Report on sanitation, dispensaries, and jails in Rajputana for 1914, and on vaccination for the year 1914-1915 - 1914-1915
Year: 1914
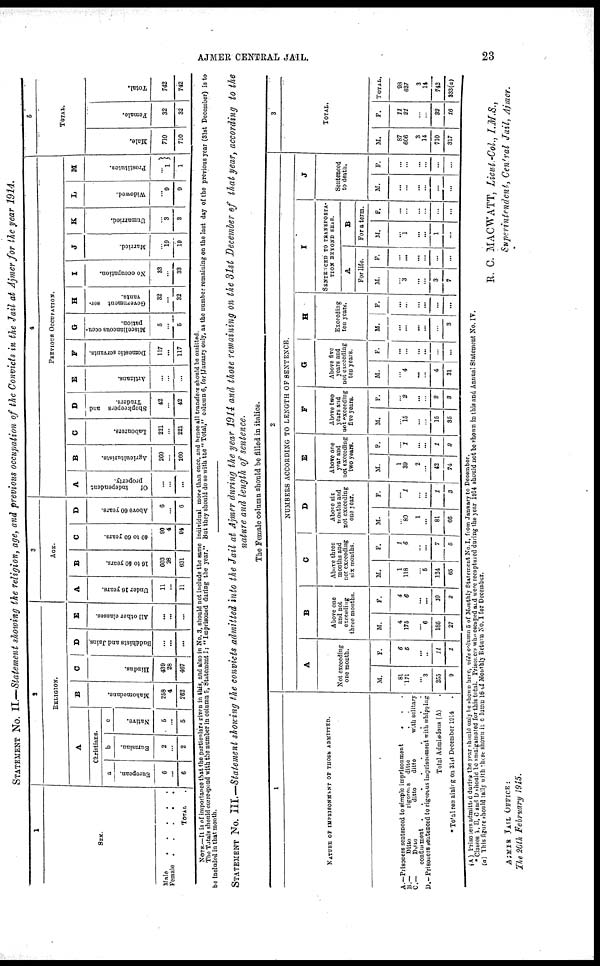
AJMER CENTRAL JAIL.
23
STATEMENT No. II.—Statement showing the religion, age, and previous occupation of the Convicts in the Jail at Ajmer for the year 1914.
1
SEX.
Male . . . . . .
Female
.
.
.
.
TOTAL .
2
RELIGION.
A
Christians.
a
European.
6
...
6
b
Eurasian.
2
...
2
c
Native.
5
...
5
B
Mahomedans.
258
4
262
C
Hindus.
439
28
467
D
Buddhists and Jains.
...
...
...
E
All other classes.
...
...
...
3
AGE.
A
Under 16 years.
11
...
11
B
16 to 40 years.
603
28
631
C
40 to 60 years.
90
4
94
D
Above 60 years.
6
...
6
4
PREVIOUS OCCUPATION.
A
Of
independent
property.
...
...
...
B
Agriculturists.
260
...
260
C
Labourers.
221
...
221
D
Shopkeepers and
Traders.
42
...
42
E
Artizans.
...
...
...
F
Domestic servants.
117
...
117
G
Miscellaneous occu-
pation.
5
...
5
H
Government ser-
vants.
32
...
32
I
No occupation.
33
...
33
J
Married.
...
10
10
K
Unmarried.
...
3
3
L
Widowed.
...
0
9
M
Prostitutes.
...
1
1
5
TOTAL.
Male.
710
710
Female.
32
32
Total.
742
742
NOTE.—It is of importance that the partieulars given in this, and also in No. 3, should not include the same individual more than once, and hence all transfers should be omitted.
The Totals should correspond with the number in column 5, Statement I:" Imprisoned during the year." But they should do so with the " Total," column 6, for January only, as the number remaining on the last day of the previous year (31st December) is to
be included in that month.
STATEMENT No. III.—Statement showing the convicts admitted into the Jail at Ajmer during the year 1914 and those remaining on the 31st December of that year, according to the
nature and length of sentence.
The Female column should be filled in italics.
1
NATURE OF IMPRISONMENT OF THOSE ADMITTED.
A.—Prisoners sentenced to simple imprisonment . . .
B.—
Ditto
rigorons ditto . .
C.— Ditto ditto ditto with solitary
confinement . . . . . . . . .
D.—Prisoners sentenced to rigorous imprisonment with whipping
Total Admissions (A) .
* Total remaining on 31st December 1914 .
2
NUMBERS ACCORDING TO LENGTH OF SENTENCE.
A
Not exceeding
one month.
M.
81
171
...
3
255
9
F.
6
5
...
...
11
1
B
Above one
and not
exceeding
three months.
M.
4
175
...
6
185
27
F.
4
6
...
...
10
2
C
Above three
months and
not exceeding
six months.
M.
1
118
...
5
124
65
F.
1
6
...
...
7
5
D
Above six
months and
not exceeding
one year.
M.
...
80
1
...
81
66
F.
...
1
...
...
1
3
E
Above one
year and
not exceeding
two years.
M.
1
30
2
...
42
74
F.
1
...
...
1
2
F
Above two
years and
not exceeding
five years.
M.
...
15
...
...
15
35
F.
...
2
...
...
2
3
G
Above five
years and
not exceeding
ten years.
M.
...
4
...
...
4
31
F.
...
...
...
...
...
...
H
Exceeding
ten years.
M.
...
...
...
...
...
3
F.
...
...
...
...
...
...
I
SENTENCED TO TRANSPORTA-
TION BEYOND SEAS.
A
For life.
M.
...
3
...
...
3
7
F.
...
...
...
...
...
...
B
For a term.
M.
...
1
...
...
1
...
F.
...
...
...
...
...
...
J
Sentenced
to death.
M.
...
...
...
...
...
...
F.
...
...
...
...
...
...
3
TOTAL.
M.
87
606
3
14
710
317
F.
11
21
...
...
32
16
TOTAL.
98
627
...
14
742
333(a)
( A ) Prisoners admitted during the year should only be shown here, vide column 5 of Monthly Statement No. I, from January to December.
* Classes A, B, C and D should be amalgamated for this total. Prisoners who escaped and were recaptured during the year 1914 should not be shown in this and Annual Statement No. IV.
(a) This figure should tally with these shown in column 16 of Monthly Return No. I for December.
AJMER JAIL OFFICE:
The 20th February 1915.
R. C. MACWATT, Lieut.-Col, I.M.S.,
Superintendent, Central Jail, Ajmer.